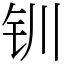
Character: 钏